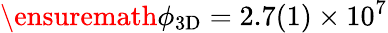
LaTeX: \ensuremath{\phi_{\mathrm{3D}}}=2.7(1)\times 10^{7}